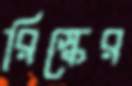
রিস্কের